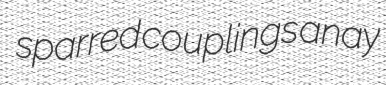
sparred couplings anay